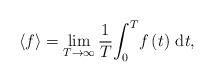
LaTeX: \begin{align*}\left\langle f\right\rangle =\lim_{T\rightarrow\infty}\frac{1}{T}{\displaystyle\int_{0}^{T}}f\left( t\right) \,\mathrm{d}t, \end{align*}